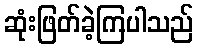
ဆုံးဖြတ်ခဲ့ကြပါသည်